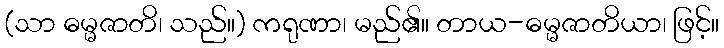
(သာ ဓမ္မဇာတိ၊ သည်။) ကရုဏာ၊ မည်၏။ တာယ-ဓမ္မဇာတိယာ၊ ဖြင့်။